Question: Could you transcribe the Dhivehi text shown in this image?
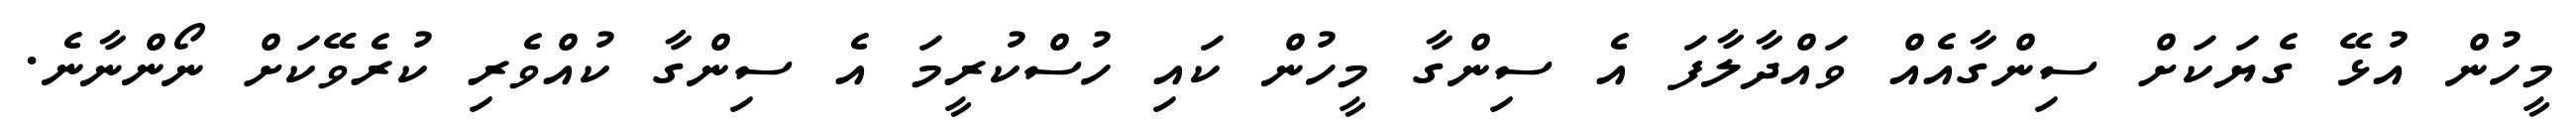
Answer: މީހުން އުޅޭ ގެޔަކަށް ސިންގާއެއް ވައްދާލާފަ އެ ސިންގާ މީހުން ކައި ހުސްކުރީމަ އެ ސިންގާ ކުއްވެރި ކުރެވޭކަށް ނޯންނާނެ.